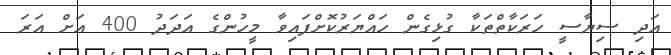
އަދި ސިޔާސީ ހަރަކާތްތަކާ ގުޅިގެން ހައްޔަރުކޮށްފައިވާ މީހުންގެ އަދަދު 400 އަށް އަރަ